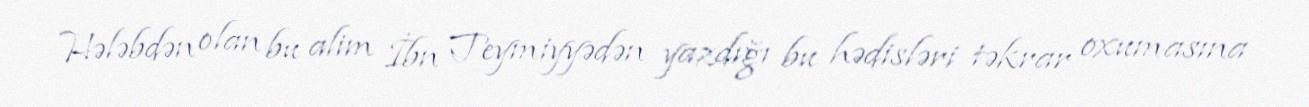
Hələbdən olan bu alim İbn Teymiyyədən yazdığı bu hədisləri təkrar oxumasına